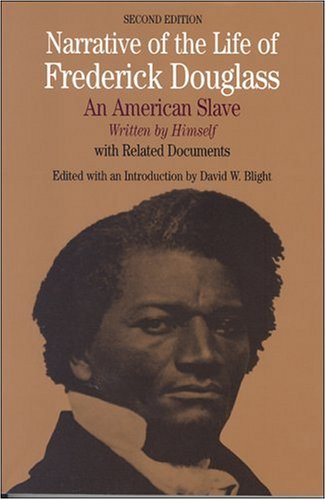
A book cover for Narrative of the Life of Frederick Douglass: An American Slave, Written by Himself (Bedford Cultural Editions Series); Frederick Douglass; Biographies & Memoirs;